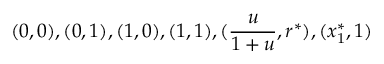
( 0 , 0 ) , ( 0 , 1 ) , ( 1 , 0 ) , ( 1 , 1 ) , ( \frac { u } { 1 + u } , r ^ { * } ) , ( x _ { 1 } ^ { * } , 1 )